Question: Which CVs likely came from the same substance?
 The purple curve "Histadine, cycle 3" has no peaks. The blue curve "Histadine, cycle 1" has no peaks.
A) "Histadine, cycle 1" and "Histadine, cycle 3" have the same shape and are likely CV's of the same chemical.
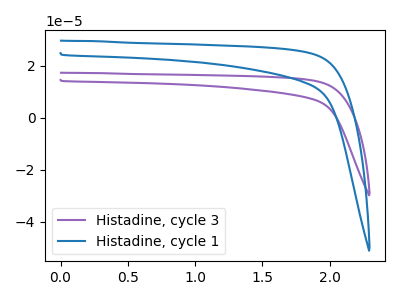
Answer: <think>Neither "Histadine, cycle 3" or "Histadine, cycle 1" have any peaks.
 </think>
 <answer>A) "Histadine, cycle 1" and "Histadine, cycle 3" have the same shape and are likely CV's of the same chemical.</answer>
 <eval>A</eval>